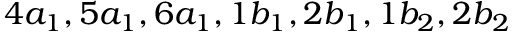
4 a _ { 1 } , 5 a _ { 1 } , 6 a _ { 1 } , 1 b _ { 1 } , 2 b _ { 1 } , 1 b _ { 2 } , 2 b _ { 2 }